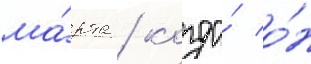
ма́рта / когда́ о́н